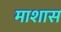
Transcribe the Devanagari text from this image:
माशास